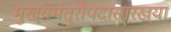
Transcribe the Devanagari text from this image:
मुख्यमंत्रीपदासारख्या